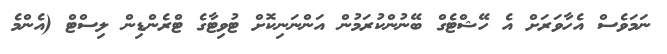
ނަމަވެސް އެހާވަރަށް އެ ހޭޝްޓެގް ބޭނުންކުރަމުން އަންނަނިކޮށް ޓުވިޓާގެ ޓްރެންޑިން ލިސްޓް (އެންމެ